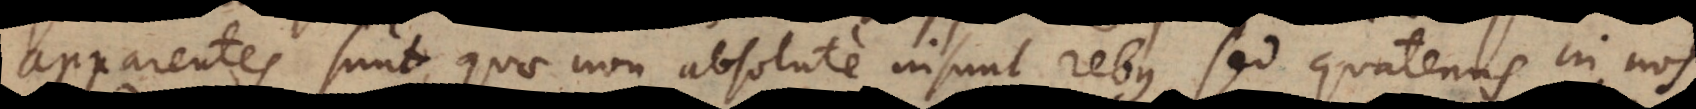
apparentes sunt, quae non absolute insunt rebus, sed quatenus in nos